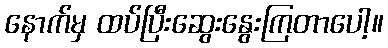
နောက်မှ ထပ်ပြီးဆွေးနွေးကြတာပေါ့။